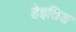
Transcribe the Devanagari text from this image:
हेइतिङ